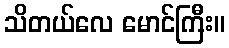
သိတယ်လေ မောင်ကြီး။